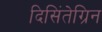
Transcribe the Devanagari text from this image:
दिसिंतेग्रिन